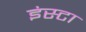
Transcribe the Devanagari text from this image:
इंस्टा